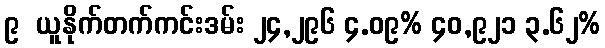
၉  ယူနိုက်တက်ကင်းဒမ်း ၂၄,၂၉၆ ၄.၀၉% ၄၀,၉၂၁ ၃.၆၂%